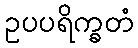
ဥပပရိက္ခတံ